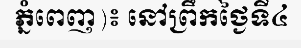
ភ្នំពេញ)៖ នៅព្រឹកថ្ងៃទី៤